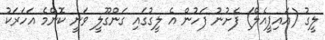
ލީގު (އައިޕީއެލް) ފެށުނު ފަހުން އެ ލީގުގައި ގަންގޫލީ ވަނީ ކޮންމެ އަހަރަކު